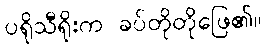
ပရိုသီရိုးက ခပ်တိုတိုဖြေ၏။